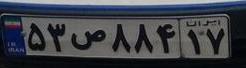
۵۳ص۸۸۴۱۷